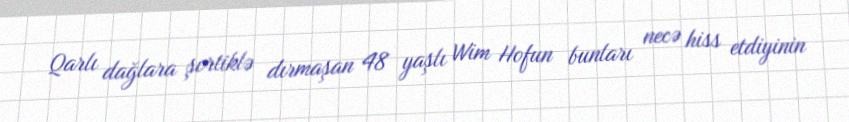
Qarlı dağlara şortiklə dırmaşan 48 yaşlı Wim Hofun bunları necə hiss etdiyinin